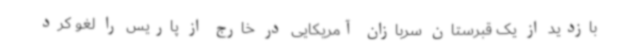
بازدید از یک قبرستان سربازان آمریکایی در خارج از پاریس را لغو کرد